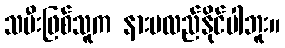
သမီးဖြစ်သူက နားမလည်နိုင်ပါဘူး။